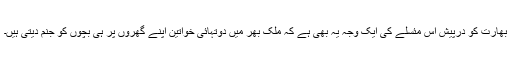
بھارت کو درپیش اس مئسلے کی ایک وجہ یہ بھی ہے کہ ملک بھر میں دوتہائی خواتین اپنے گھروں پر ہی بچوں کو جنم دیتی ہیں۔